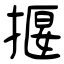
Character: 揠